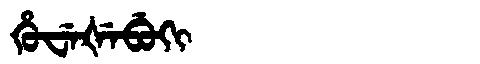
Manchu: ᡥᡠᠸᡝᡧᡝᠪᡠᡴᡳ
Romanization: HUWEŠEBUKI